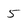
Character: 5